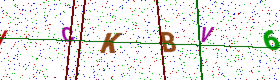
Text: ICKBV6